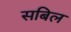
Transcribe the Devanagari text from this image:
सबिल